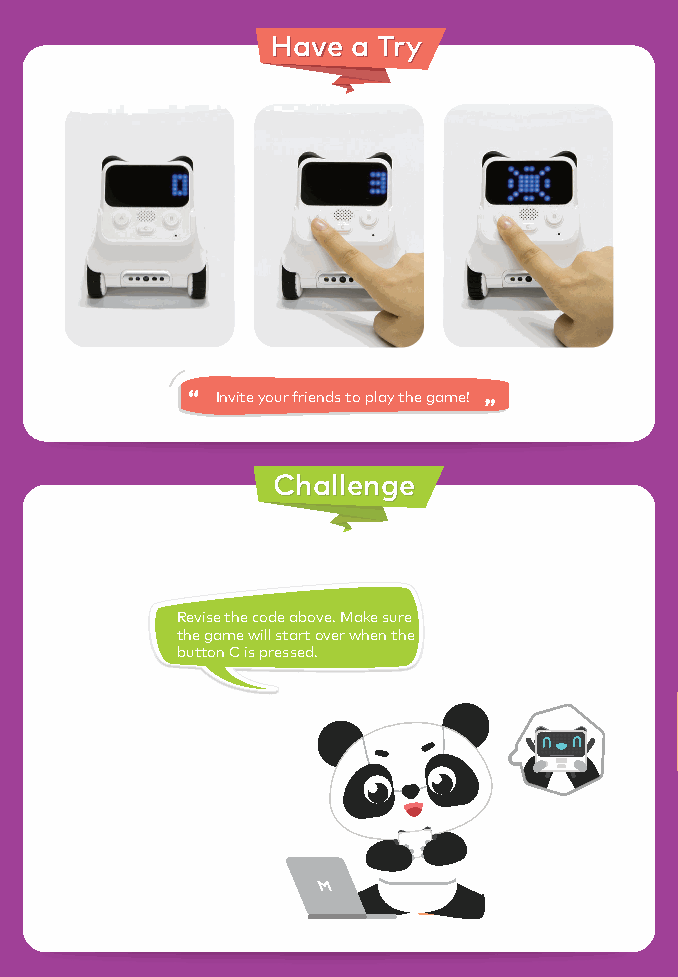
HHaavvee aa TTrryy
 Invite your friends to play the game!
 CChhaalllleennggee
 Revise the code above. Make sure
 the game will start over when the
 button C is pressed.